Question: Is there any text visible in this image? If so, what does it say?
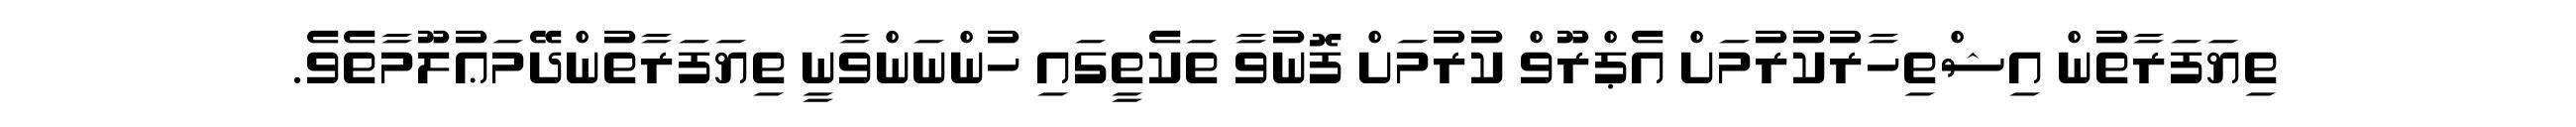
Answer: ތިޔަފަރާތުން އިޝްތިހާރުކުރުމަށް އެޕްރޫވް ކުރުމަށް ފޮނުވާ ތަކެތީގައި ހުންނަންވާނީ ތިޔަފަރާތުންދޭމަޢުލޫމާތެވެ.